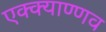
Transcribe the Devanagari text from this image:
एक्क्याण्णव